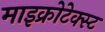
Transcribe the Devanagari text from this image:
माइक्रोटेक्स्ट